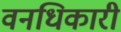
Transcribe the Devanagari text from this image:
वनधिकारी